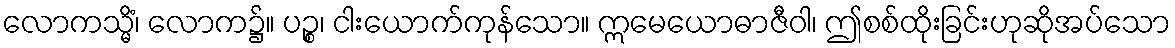
လောကသ္မိံ၊ လောက၌။ ပဉ္စ၊ ငါးယောက်ကုန်သော။ ဣမေယောဓာဇီဝါ၊ ဤစစ်ထိုးခြင်းဟုဆိုအပ်သော